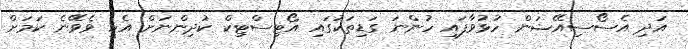
އަދި އެސޯސިއޭޝަން ހުޅުވާފައި ހުންނަ ގަޑިތަކުގައި އޯޓިސްޓިކް ކުދިންނަށް އެހީ ވެވޭނެ ކަމަށް